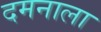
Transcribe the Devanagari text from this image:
दमनाला